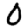
Digit: 0